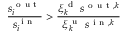
\frac { s _ { i } ^ { \mathrm { ~ o ~ u ~ t ~ } } } { s _ { i } ^ { \mathrm { ~ i ~ n ~ } } } > \frac { \xi _ { k } ^ { \mathrm { ~ d ~ } } \; s ^ { \mathrm { ~ o ~ u ~ t ~ } , k } } { \xi _ { k } ^ { \mathrm { ~ u ~ } } \; s ^ { \mathrm { ~ i ~ n ~ } , k } } \qquad